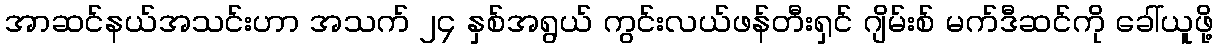
အာဆင်နယ်အသင်းဟာ အသက် ၂၄ နှစ်အရွယ် ကွင်းလယ်ဖန်တီးရှင် ဂျိမ်းစ် မက်ဒီဆင်ကို ခေါ်ယူဖို့